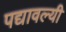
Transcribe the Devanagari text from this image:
पद्यावल्यी